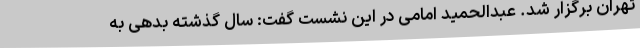
تهران برگزار شد. عبدالحمید امامی در این نشست گفت: سال گذشته بدهی به